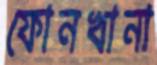
ফোনখানা